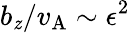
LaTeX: b_{\mathit{z}}/v_{\mathrm{{A}}}\sim\epsilon^{2}